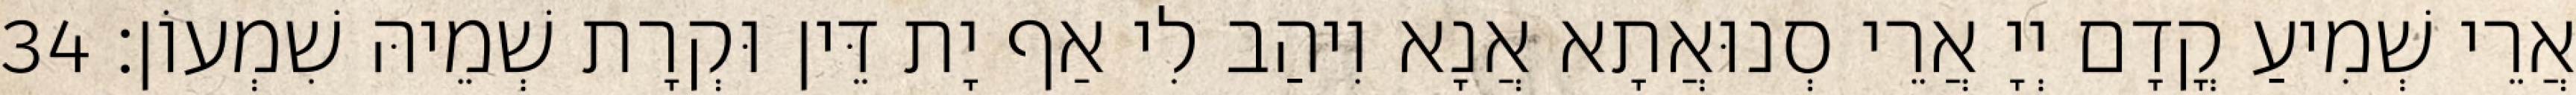
אֲרֵי שְׁמִיעַ קֳדָם יְיָ אֲרֵי סְנוּאֲתָא אֲנָא וִיהַב לִי אַף יָת דֵּין וּקְרָת שְׁמֵיהּ שִׁמְעוֹן׃ 34